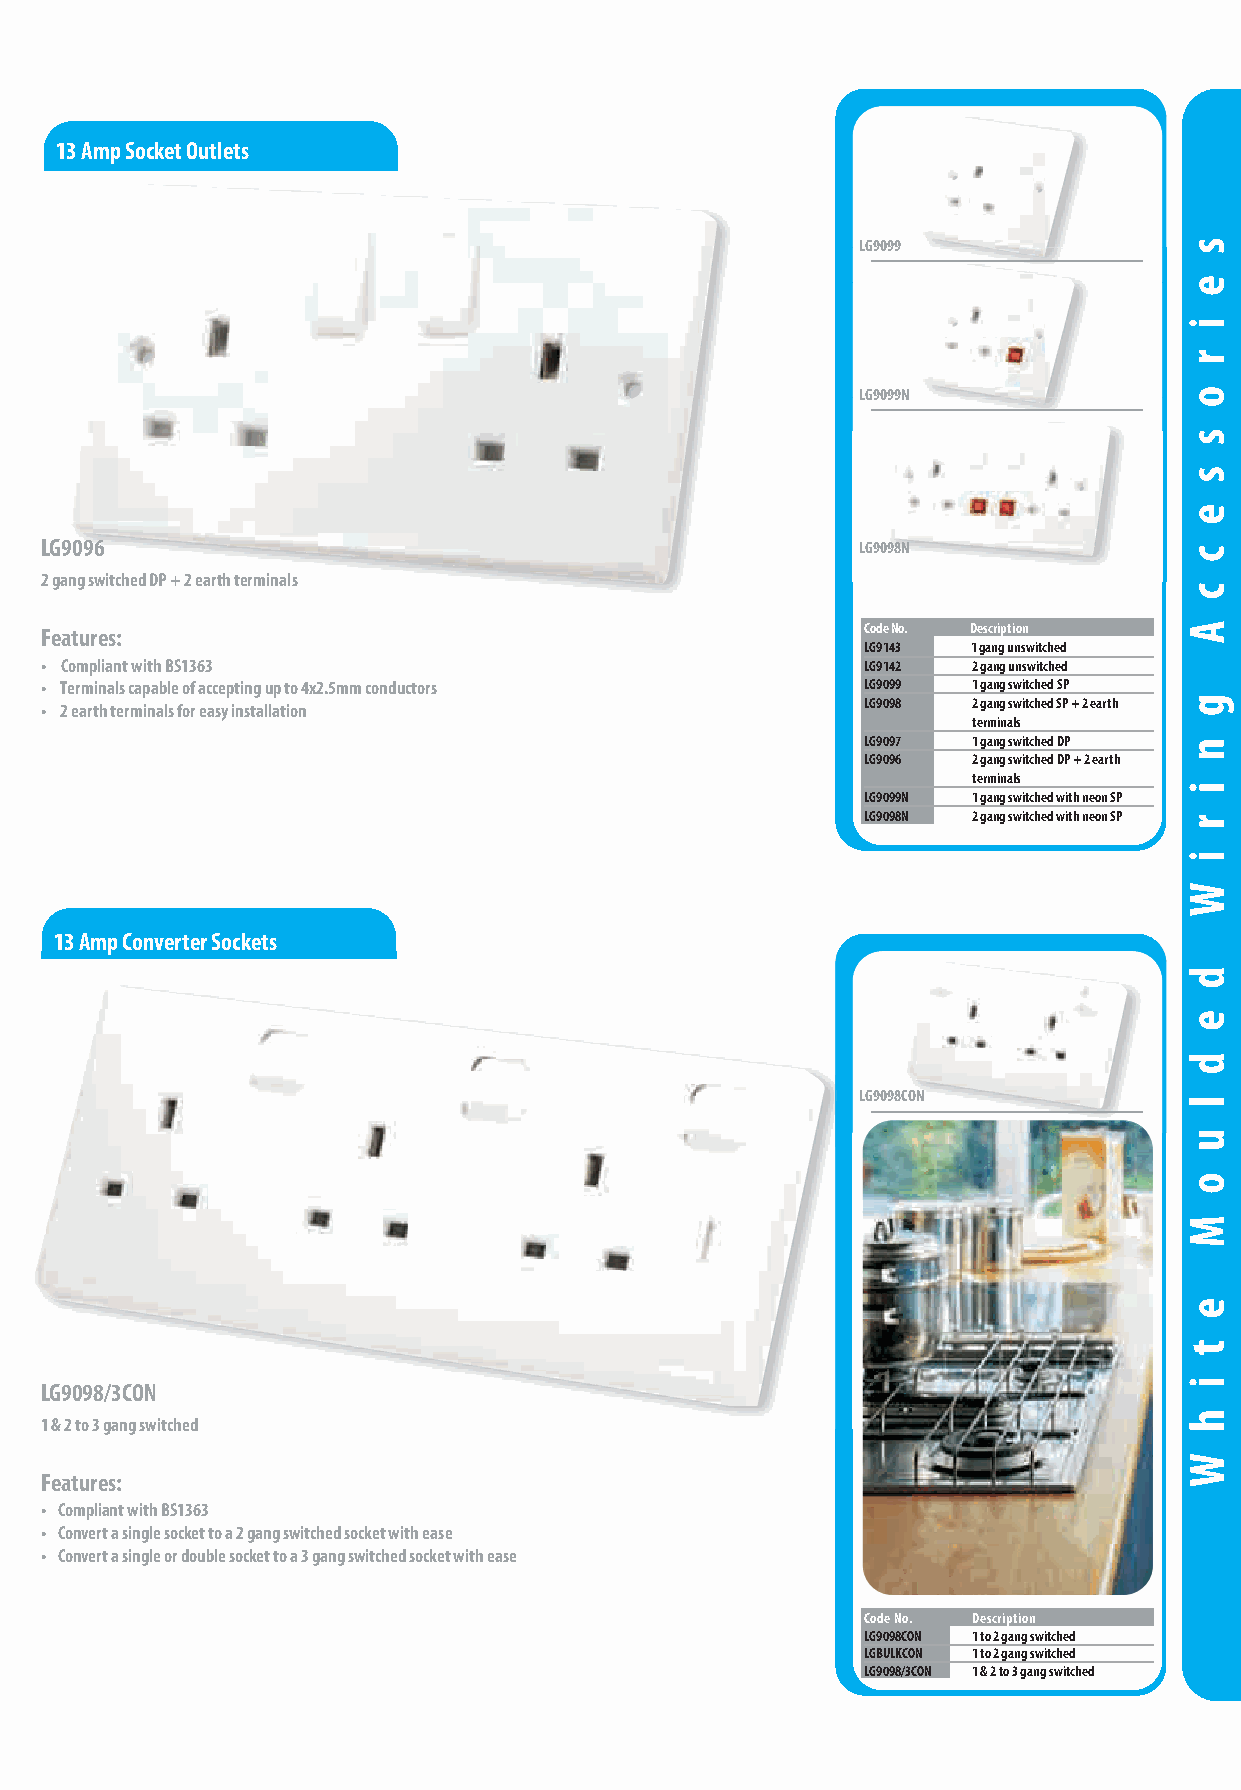
White Moulded Wiring Accessories
 13 Amp Socket Outlets
 LG9099
 LG9099N
 LG9096                                                LG9098N
 2 gang switched DP + 2 earth terminals
 Features:                            SSppeecciiffiiccaattiioonnss Code No. Description
 LG9143 1 gang unswitched
 • Compliant with BS1363                               LG9142 2 gang unswitched
 • Terminals capable of accepting up to 4x2.5mm conductors LG9099 1 gang switched SP
 • 2 earth terminals for easy installation             LG9098 2 gang switched SP + 2 earth
 terminals
 LG9097 1 gang switched DP
 LG9096 2 gang switched DP + 2 earth
 terminals
 LG9099N 1 gang switched with neon SP
 LG9098N 2 gang switched with neon SP
 13 Amp Converter Sockets
 LG9098CON
 LG9098/3CON
 1 & 2 to 3 gang switched
 Features:
 • Compliant with BS1363
 • Convert a single socket to a 2 gang switched socket with ease
 • Convert a single or double socket to a 3 gang switched socket with ease
 Code No. Description
 LG9098CON 1 to 2 gang switched
 LGBULKCON 1 to 2 gang switched
 LG9098/3CON 1 & 2 to 3 gang switched
 call to order +44 (0)161 745 7777 fax to order +44 (0)161 745 2777 email: sales@selectricuk.co.uk website: www.selectricuk.co.uk 15
 s
 e
 i
 r
 o
 s
 s
 e
 c
 c
 A
 g
 n
 i
 r
 i
 W
 d
 e
 d
 l
 u
 o
 M
 e
 t
 i
 h
 W